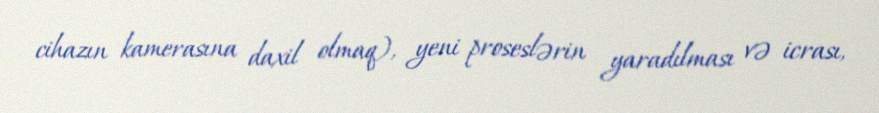
cihazın kamerasına daxil olmaq), yeni proseslərin yaradılması və icrası,